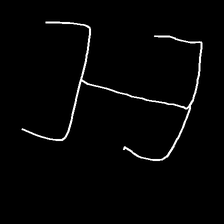
Glyph: entwine